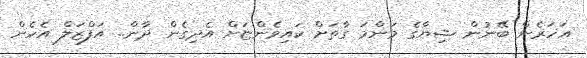
އަހަރެން ބޭނުން ޝިޔާގެ މަންމަ ގާތަށް ކައިވެންޏަށް އެދިގެން ދާން.. އަފްޒަލް އެހެން